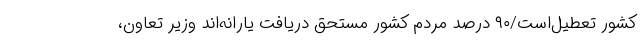
کشور تعطیل‌است/۹۰ درصد مردم کشور مستحق دریافت یارانه‌اند وزیر تعاون،